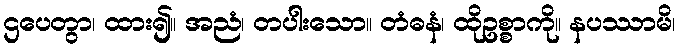
ဌပေတွာ၊ ထား၍။ အညံ၊ တပါးသော။ တံဓနံ၊ ထိုဥစ္စာကို။ နပဿာမိ၊